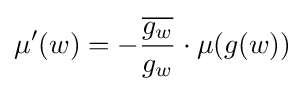
\displaystyle {\mu ^{\prime }(w)=-{{\overline {g_{w}}} \over g_{w}}\cdot \mu (g(w))}